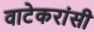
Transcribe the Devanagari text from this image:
वाटेकरांसी